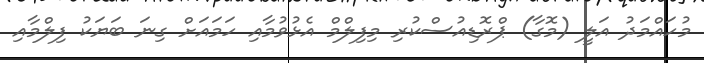
މުހައްމަދު އަލީ (މޮގާ) ޕްރޮޑިއުސްކުރި މިފިލްމް އެޅުވުމާއި ހަމައަށް ގިނަ ބަޔަކު ފިލްމާއި